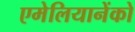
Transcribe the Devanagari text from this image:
एमेलियानेंको